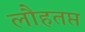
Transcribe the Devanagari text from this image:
लौहतप्त